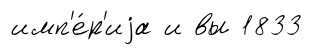
имп'е́р'иjа и вы 1833